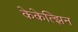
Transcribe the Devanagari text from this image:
केकेत्झिन